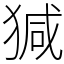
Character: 㺂